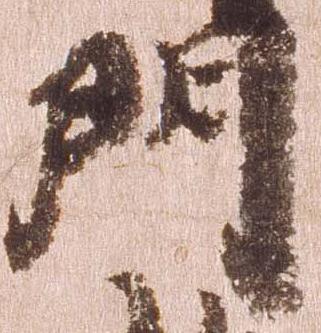
門